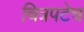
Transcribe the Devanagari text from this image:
चित्रपटेच